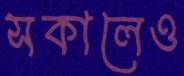
সকালেও